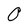
Character: 0